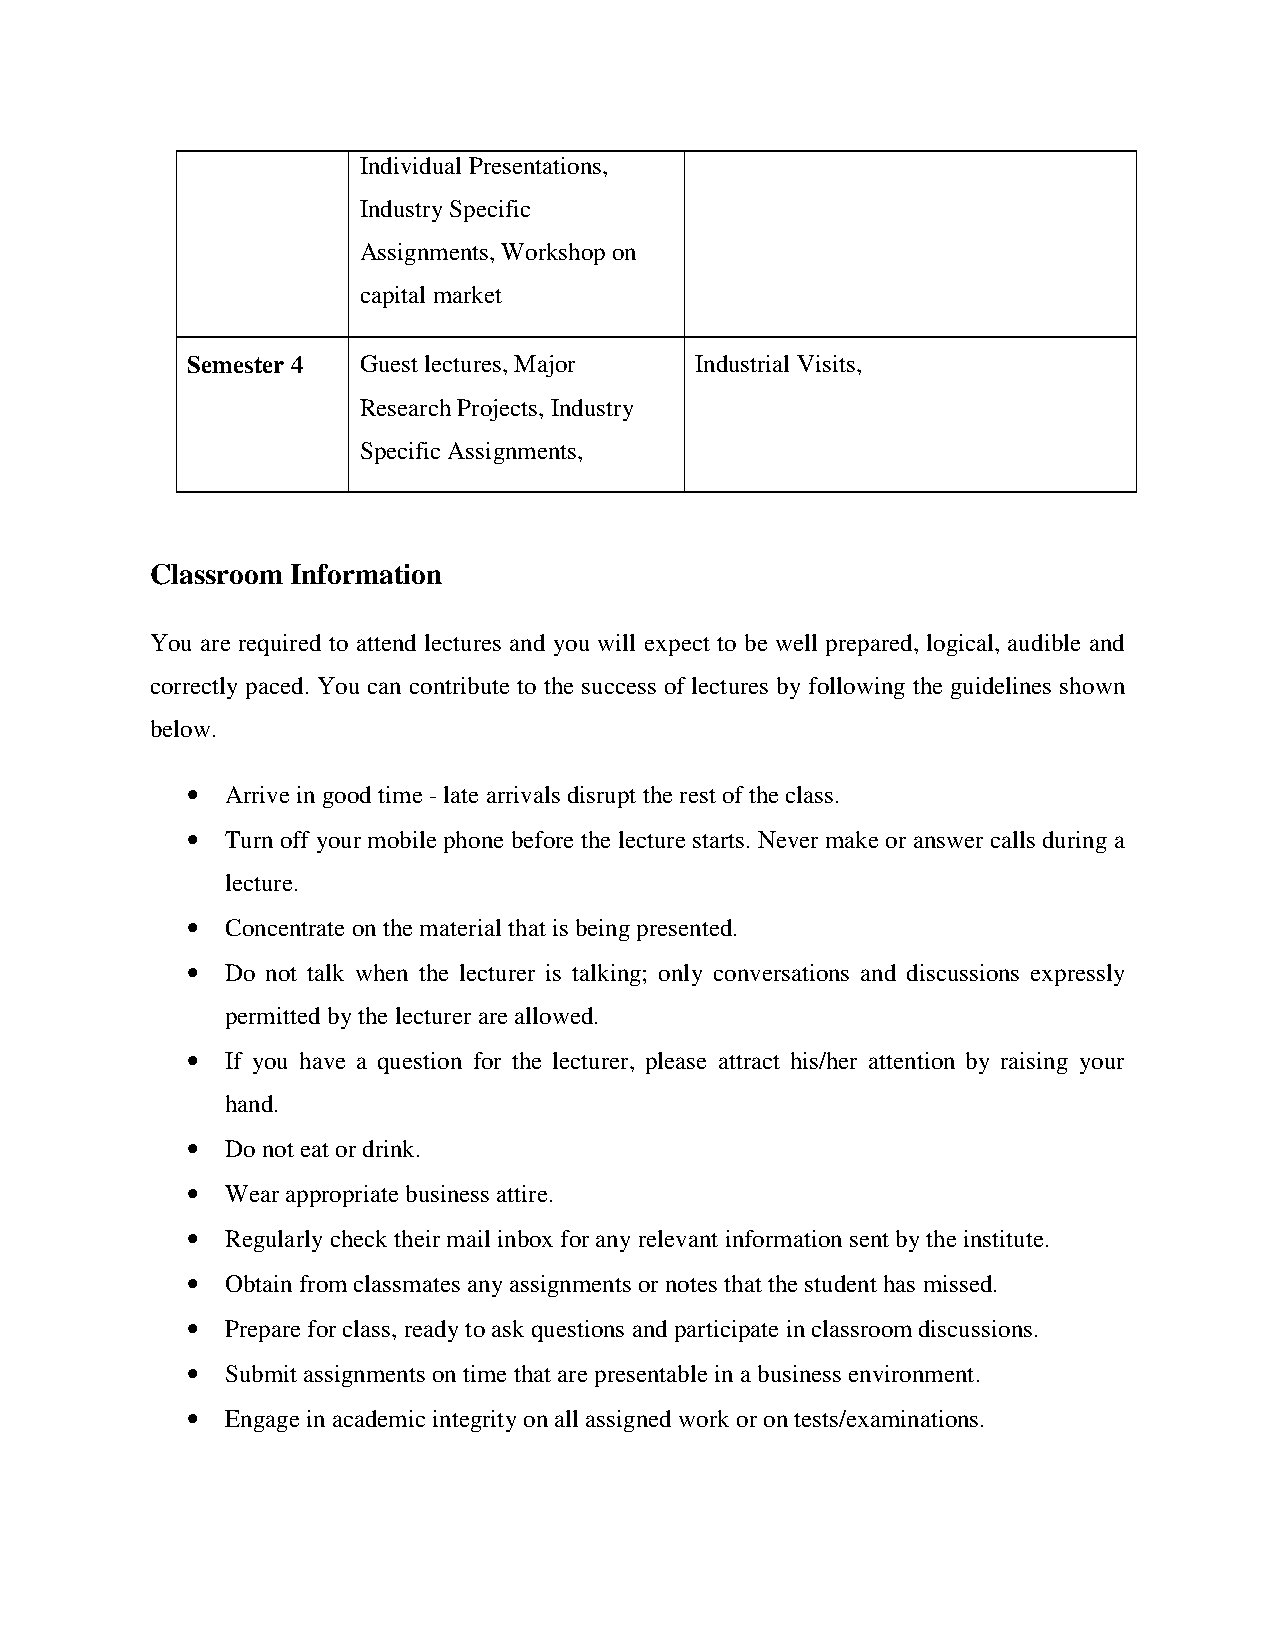
Individual Presentations,
 Industry Specific
 Assignments, Workshop on
 capital market
 Semester 4  Guest lectures, Major Industrial Visits,
 Research Projects, Industry
 Specific Assignments,
 Classroom Information
 You are required to attend lectures and you will expect to be well prepared, logical, audible and
 correctly paced. You can contribute to the success of lectures by following the guidelines shown
 below.
 •  Arrive in good time - late arrivals disrupt the rest of the class.
 •  Turn off your mobile phone before the lecture starts. Never make or answer calls during a
 lecture.
 •  Concentrate on the material that is being presented.
 •  Do not talk when the lecturer is talking; only conversations and discussions expressly
 permitted by the lecturer are allowed.
 •  If you have a question for the lecturer, please attract his/her attention by raising your
 hand.
 •  Do not eat or drink.
 •  Wear appropriate business attire.
 •  Regularly check their mail inbox for any relevant information sent by the institute.
 •  Obtain from classmates any assignments or notes that the student has missed.
 •  Prepare for class, ready to ask questions and participate in classroom discussions.
 •  Submit assignments on time that are presentable in a business environment.
 •  Engage in academic integrity on all assigned work or on tests/examinations.